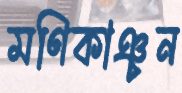
মণিকাঞ্চন